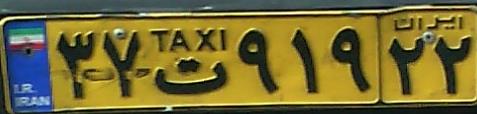
۳۷ت۹۱۹۲۲